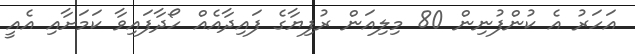
އަހަރު އެ ކުންފުނިން 80 މިލިއަން ރުފިޔާގެ ފައިދާއެއް ހޯދާފައިވާ ކަމަށާއި އެއީ